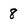
Character: 8